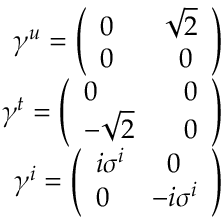
\begin{array} { r } { \gamma ^ { u } = \left( \begin{array} { l l } { 0 \; } & { \; \; \sqrt { 2 } } \\ { 0 \; } & { \; \; \; \; 0 } \end{array} \right) } \\ { \gamma ^ { t } = \left( \begin{array} { l l } { 0 \; } & { \; \; 0 } \\ { - \sqrt { 2 } \; } & { \; \; 0 } \end{array} \right) } \\ { \gamma ^ { i } = \left( \begin{array} { l l } { i \sigma ^ { i } } & { \; \; 0 } \\ { 0 } & { - i \sigma ^ { i } } \end{array} \right) } \end{array}